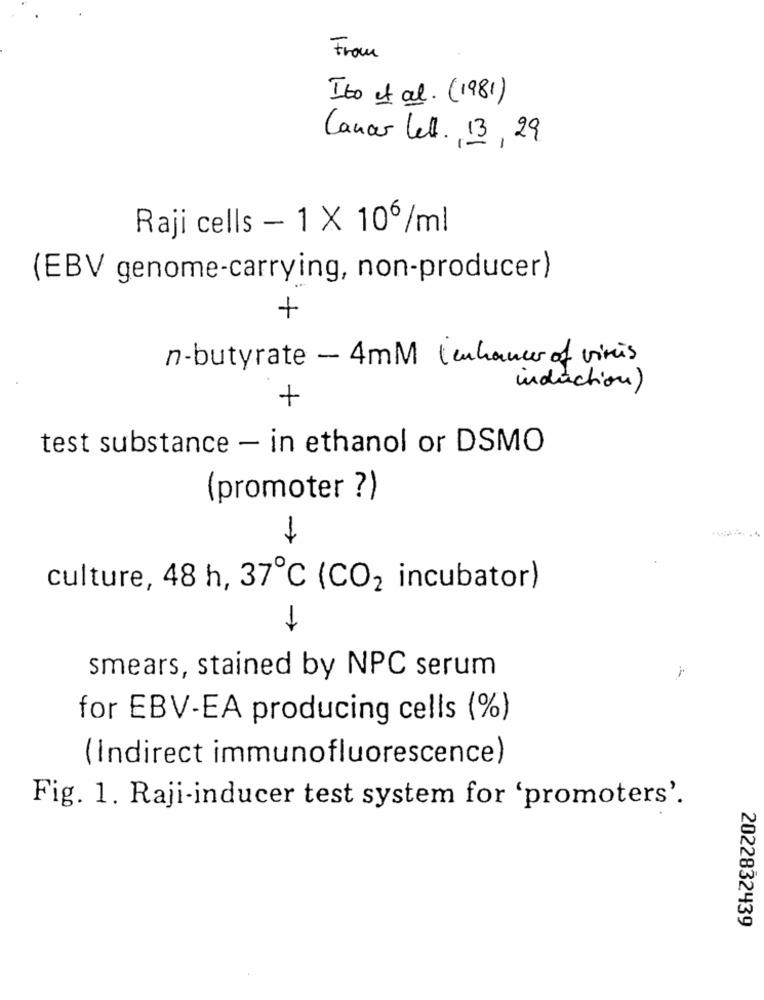
From
Ito et al. (1981)
Canar lett. , 13, 29
Raji cells - 1 X 106/ml
(EBV genome-carrying, non-producer)
+
n-butyrate - 4mM (enhancer of virus
induction)
+
test substance - in ethanol or DSMO
(promoter ?)
culture, 48 h, 37℃ (CO2 incubator)
smears, stained by NPC serum
for EBV-EA producing cells (%)
(Indirect immunofluorescence)
Fig. 1. Raji-inducer test system for 'promoters'.
2022832439